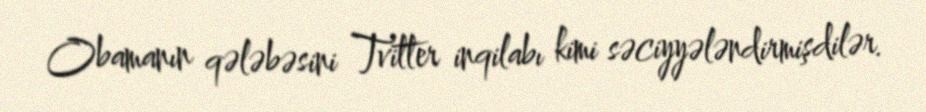
Obamanın qələbəsini Tvitter inqilabı kimi səciyyələndirmişdilər.